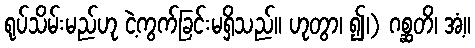
ရုပ်သိမ်းမည်ဟု ငဲ့ကွက်ခြင်းမရှိသည်။ ဟုတွာ၊ ၍၊) ဂစ္ဆတိ၊ အံ့။